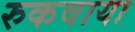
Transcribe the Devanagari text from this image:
रुकवाया